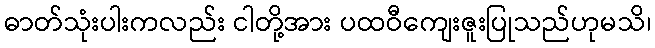
ဓာတ်သုံးပါးကလည်း ငါတို့အား ပထဝီကျေးဇူးပြုသည်ဟုမသိ၊